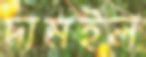
দামইল